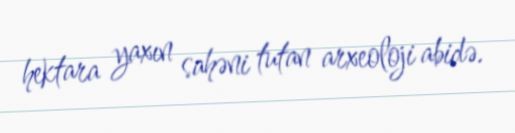
hektara yaxın sahəni tutan arxeoloji abidə.